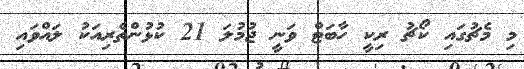
މި މެޗުގައި ކޯޗު ރިކީ ހާބަޓް ވަނީ ޖުމުލަ 21 ކުޅުންތެރިއަކު ލައްވައި